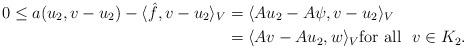
LaTeX: \begin{align*}0 \leq a(u_2, v - u_2) - \langle \hat f , v - u_2 \rangle_V&= \langle Au_2 - A\psi, v-u_2 \rangle_V \\&= \langle Av-Au_2,w\rangle_V\mbox{for all }\ v\in K_2.\end{align*}